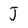
Character: J